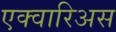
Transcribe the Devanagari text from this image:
एक्वारिअस